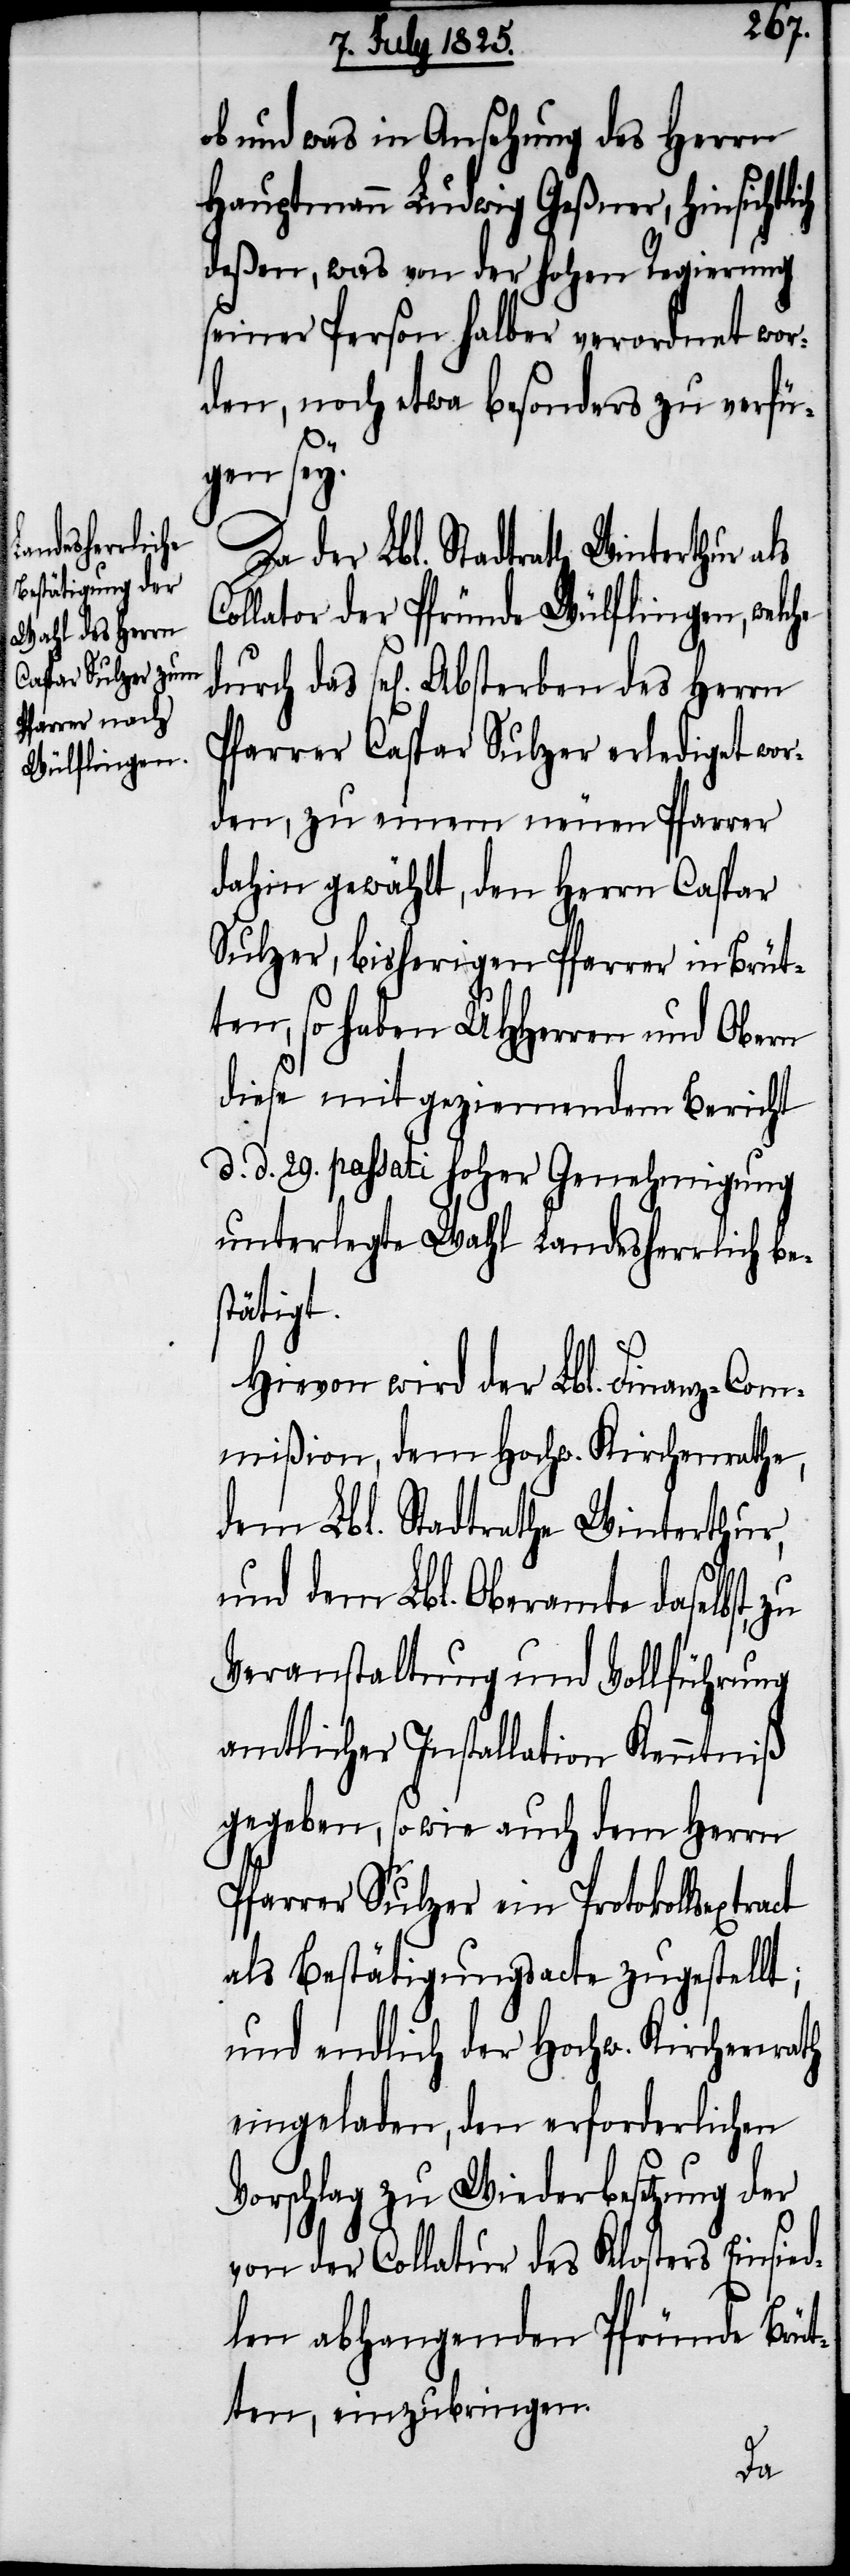
ob und was in Ansehung des Herrn
Hauptmann Ludwig Geßner, hinsichtl¬
deßen, was von der hohen Regierung
seiner Person halber verordnet wor¬
den, noch etwas besonders zu verfü¬
ich
gen sey.
Da der Lbl. Stadtrath Winterthur als
Collator der Pfründe Wülflingen, welche
Pfarrer Caspar Sulzer erlediget wor¬
den, zu einem neuen Pfarrer
dahin gewählt, den Herrn Caspar
Sulzer, bisherigen Pfarrer in Brüt¬
ten, so haben UHHerren und Obern
diese mit geziemendem Bericht
d. 29. passati hoher Genehmigung
unterlegte Wahl Landesherrlich be¬
stätigt.
Hiervon wird der Lbl. Finanz-Com¬
mißion, dem Hochw. Kirchenrathe,
dem Lbl. Stadtrathe Winterthur,
und dem Lbl. Oberamte daselbst,
Veranstaltung und Vollführung
amtlicher Installation Kenntniß
gegeben, sowie auch dem Herrn
Pfarrer Sulzer ein Protokollsextract
als Bestätigungsacte zugestellt;
und endlich der Hochw. Kirchenrath
eingeladen, den erforderlichen
Vorschlag zu Wiederbesetzung der
von der Collatur des Klosters Einsied¬
eln abhangenden Pfründe Brüt¬
ten, einzubringen.
das